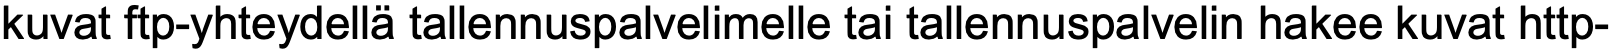
kuvat ftp-yhteydellä tallennuspalvelimelle tai tallennuspalvelin hakee kuvat http-